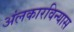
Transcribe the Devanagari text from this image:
अंलकारविन्यास